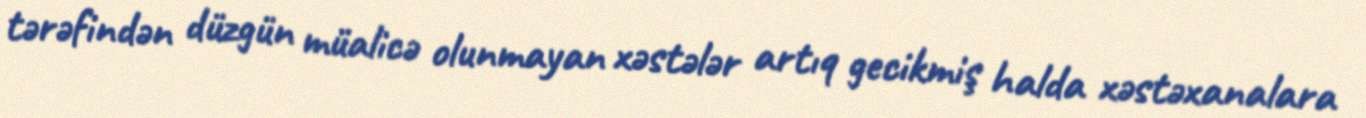
tərəfindən düzgün müalicə olunmayan xəstələr artıq gecikmiş halda xəstəxanalara